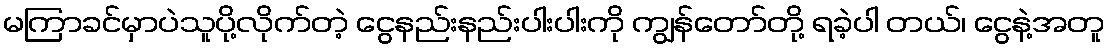
မကြာခင်မှာပဲသူပို့လိုက်တဲ့ ငွေနည်းနည်းပါးပါးကို ကျွန်တော်တို့ ရခဲ့ပါ တယ်၊ ငွေနဲ့အတူ